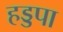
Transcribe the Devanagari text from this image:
हड्डपा